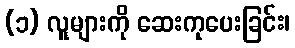
(၁) လူများကို ဆေးကုပေးခြင်း၊